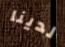
لدينا